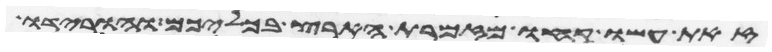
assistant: זאת עשו קחו מזמרת הארץ בכליכם והורידו